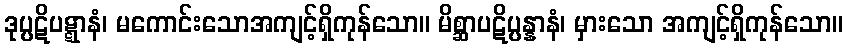
ဒုပ္ပဋိပဋ္ဋာနံ၊ မကောင်းသောအကျင့်ရှိကုန်သော။ မိစ္ဆာပဋိပ္ပန္နာနံ၊ မှားသော အကျင့်ရှိကုန်သော။